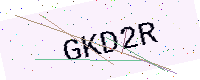
Text: GKD2R